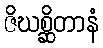
ဇိဃစ္ဆိတာနံ